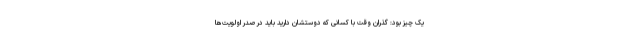
یک چیز بود: گذران وقت با کسانی که دوستشان دارید باید در صدر اولویت‌ها